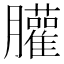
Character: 䑏